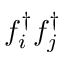
f _ { i } ^ { \dagger } f _ { j } ^ { \dagger }